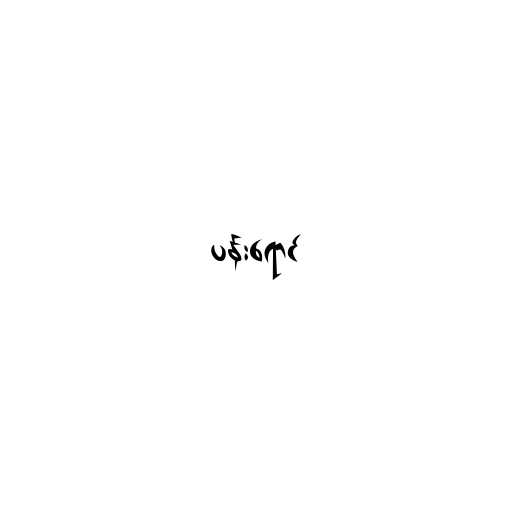
ပန်းရောင်